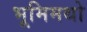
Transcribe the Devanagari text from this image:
भूमिमथो